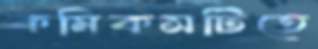
কমিকসটিতে